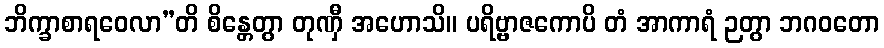
ဘိက္ခာစာရဝေလာ”တိ စိန္တေတွာ တုဏှီ အဟောသိ။ ပရိဗ္ဗာဇကောပိ တံ အာကာရံ ဉတွာ ဘဂဝတော